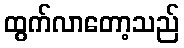
ထွက်လာတော့သည်